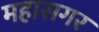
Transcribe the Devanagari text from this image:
महासगर